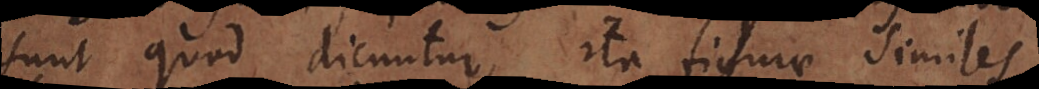
sunt quod dicuntur, ita figurae similes